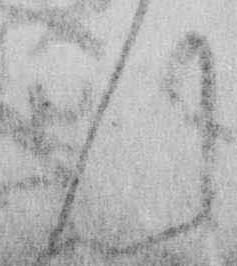
ん